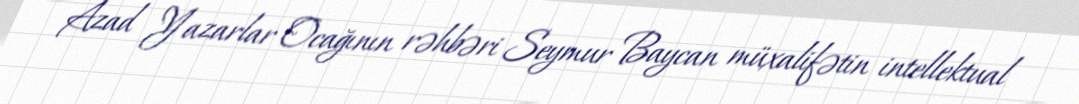
Azad Yazarlar Ocağının rəhbəri Seymur Baycan müxalifətin intellektual